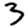
Digit: 3